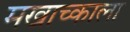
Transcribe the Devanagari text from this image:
मखाच्काला